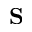
\mathbf { S }